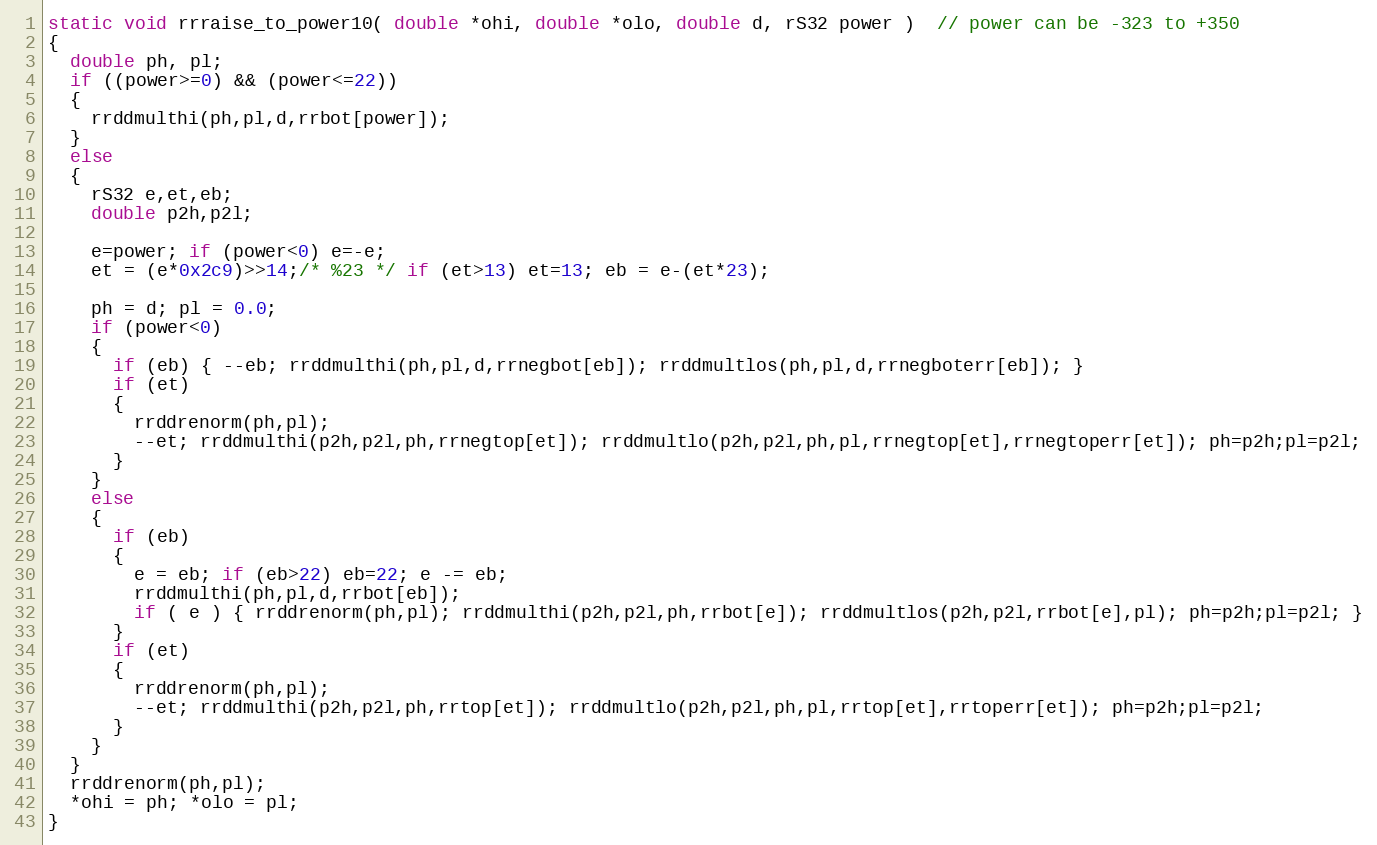
Language: C
static void rrraise_to_power10( double *ohi, double *olo, double d, rS32 power )  // power can be -323 to +350
{
  double ph, pl;
  if ((power>=0) && (power<=22))
  {
    rrddmulthi(ph,pl,d,rrbot[power]);
  }
  else
  {
    rS32 e,et,eb;
    double p2h,p2l;

    e=power; if (power<0) e=-e;
    et = (e*0x2c9)>>14;/* %23 */ if (et>13) et=13; eb = e-(et*23);

    ph = d; pl = 0.0;
    if (power<0)
    {
      if (eb) { --eb; rrddmulthi(ph,pl,d,rrnegbot[eb]); rrddmultlos(ph,pl,d,rrnegboterr[eb]); }
      if (et)
      {
        rrddrenorm(ph,pl);
        --et; rrddmulthi(p2h,p2l,ph,rrnegtop[et]); rrddmultlo(p2h,p2l,ph,pl,rrnegtop[et],rrnegtoperr[et]); ph=p2h;pl=p2l;
      }
    }
    else
    {
      if (eb)
      {
        e = eb; if (eb>22) eb=22; e -= eb;
        rrddmulthi(ph,pl,d,rrbot[eb]);
        if ( e ) { rrddrenorm(ph,pl); rrddmulthi(p2h,p2l,ph,rrbot[e]); rrddmultlos(p2h,p2l,rrbot[e],pl); ph=p2h;pl=p2l; }
      }
      if (et)
      {
        rrddrenorm(ph,pl);
        --et; rrddmulthi(p2h,p2l,ph,rrtop[et]); rrddmultlo(p2h,p2l,ph,pl,rrtop[et],rrtoperr[et]); ph=p2h;pl=p2l;
      }
    }
  }
  rrddrenorm(ph,pl);
  *ohi = ph; *olo = pl;
}